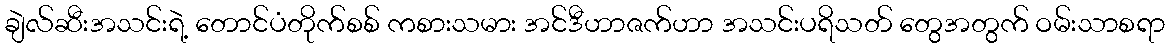
ချဲလ်ဆီးအသင်းရဲ့ တောင်ပံတိုက်စစ် ကစားသမား အင်ဒီဟာဇက်ဟာ အသင်းပရိသတ် တွေအတွက် ဝမ်းသာစရာ